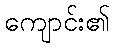
ကျောင်း၏